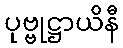
ပုဗ္ဗုဋ္ဌာယိနီ